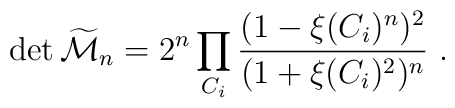
\det {\widetilde{\cal M}_n} = 2^n\prod_{C_i}{(1 - \xi(C_i)^n)^2 \over		(1+\xi(C_i)^2)^n}~.